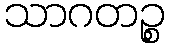
သာဂတဉ္စ